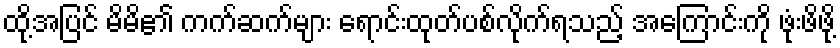
ထို့အပြင် မိမိ၏ ကက်ဆက်များ ရောင်းထုတ်ပစ်လိုက်ရသည့် အကြောင်းကို ဖုံးဖိဖို့